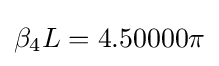
\beta _{4}L=4.50000\pi